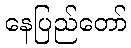
နေပြည်တော်